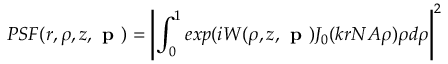
P S F ( r , \rho , z , \textbf { p } ) = \left| \int _ { 0 } ^ { 1 } e x p ( i W ( \rho , z , \textbf { p } ) J _ { 0 } ( k r N A \rho ) \rho d \rho \right| ^ { 2 }